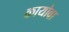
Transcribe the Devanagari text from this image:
कायोवा